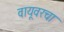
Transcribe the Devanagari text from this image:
वायूवरचा